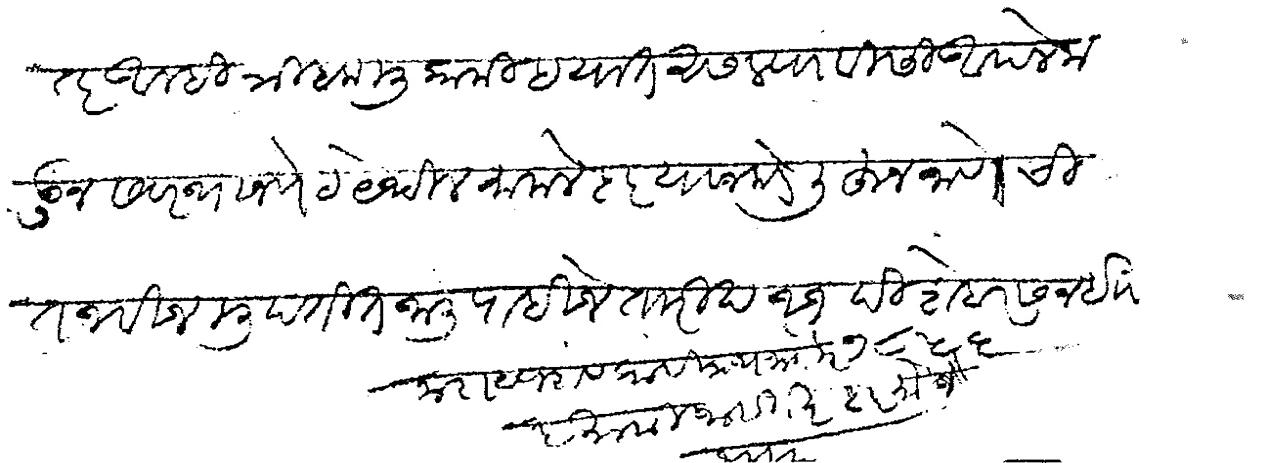
Transliteration (Devanagari): तर आम्ही त्रिबक मुकामी हयात असल्याबिसी आपले कडून सबस्थान पेठ येथील मामलेदार याजकडे लिहून जाणेची तजवीज मुदतीत जाली पाहिजे तारीख ११ दिशेबर सन १८५६ इ नारायणराव कासीनाथ जोगळेकर इनामी जाहागीरदार मौजे